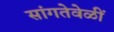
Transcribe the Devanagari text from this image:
सांगतेवेळीं